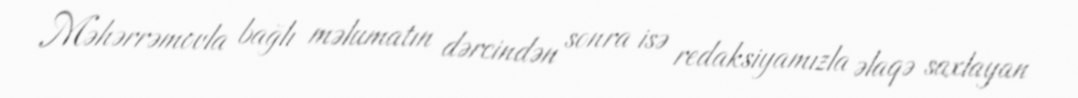
Məhərrəmovla bağlı məlumatın dərcindən sonra isə redaksiyamızla əlaqə saxlayan